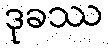
ဒုခဿ